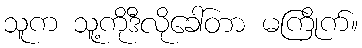
သူက သူ့ကိုဒီလိုခေါ်တာ မကြိုက်။